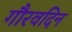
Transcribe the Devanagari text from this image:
गौरवदिन